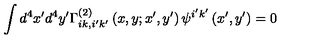
\int d ^ { 4 } x ^ { \prime } d ^ { 4 } y ^ { \prime } \Gamma _ { i k , i ^ { \prime } k ^ { \prime } } ^ { \left( 2 \right) } \left( x , y ; x ^ { \prime } , y ^ { \prime } \right) \psi ^ { i ^ { \prime } k ^ { \prime } } \left( x ^ { \prime } , y ^ { \prime } \right) = 0